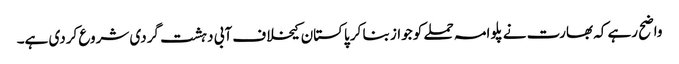
واضح رہے کہ بھارت نے پلوامہ حملے کو جواز بنا کر پاکستان کیخلاف آبی دہشت گردی شروع کردی ہے۔